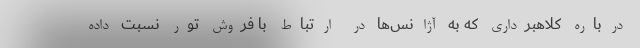
درباره کلاهبرداری که به آژانس‌ها در ارتباط با فروش تور نسبت داده